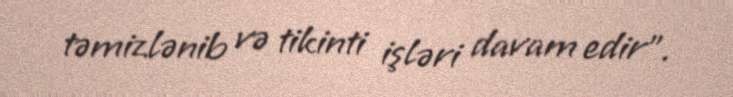
təmizlənib və tikinti işləri davam edir".